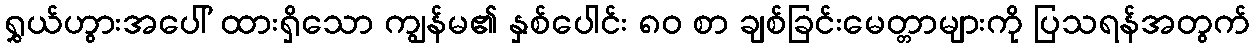
ရွှယ်ဟွားအပေါ် ထားရှိသော ကျွန်မ၏ နှစ်ပေါင်း ၈၀ စာ ချစ်ခြင်းမေတ္တာများကို ပြသရန်အတွက်